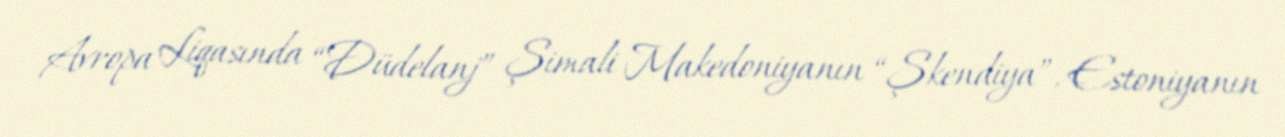
Avropa Liqasında “Düdelanj” Şimali Makedoniyanın “Şkendiya”, Estoniyanın